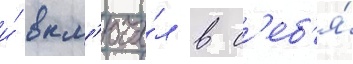
и́ вкл'юча́л в с'еб'я́